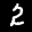
Label: 2